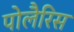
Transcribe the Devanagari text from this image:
पोलैरिस